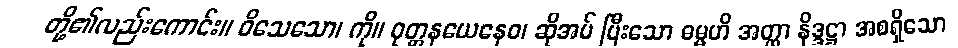
တို့၏လည်းကောင်း။ ဝိသေသော၊ ကို။ ဝုတ္တနယေနေဝ၊ ဆိုအပ် ပြီးသော ဓမ္မဟိ အတ္ထာ နိဒ္ဒဋ္ဌာ အစရှိသော